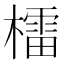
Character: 檑